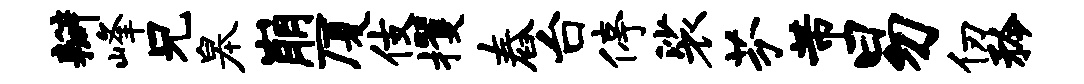
瓣峰兄皋崩厦伎攫舂台停裟芬芾易仞矜